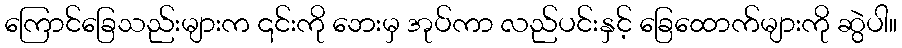
ကြောင်ခြေသည်းများက ၎င်းကို ဘေးမှ အုပ်ကာ လည်ပင်းနှင့် ခြေထောက်များကို ဆွဲပါ။